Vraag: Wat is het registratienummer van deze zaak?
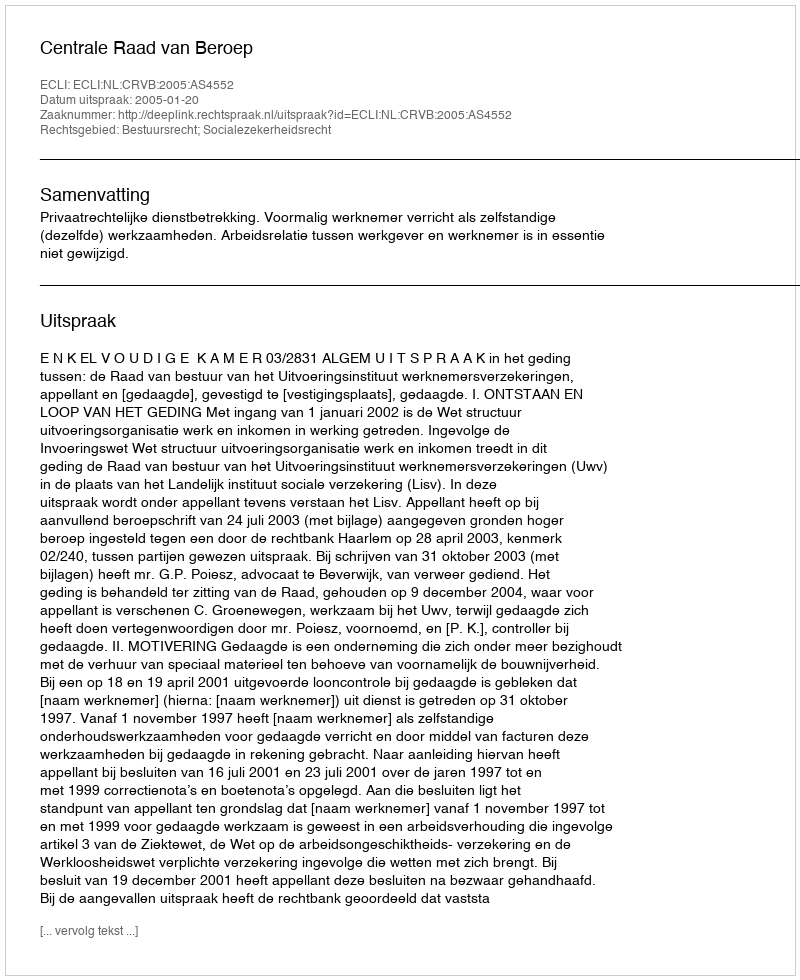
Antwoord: http://deeplink.rechtspraak.nl/uitspraak?id=ECLI:NL:CRVB:2005:AS4552